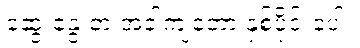
ဆွေးနွေးတဲ့ အခါကျတော့ နှစ်ပိုင်းပေါ့။